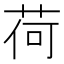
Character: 荷